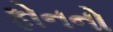
ફોનનો